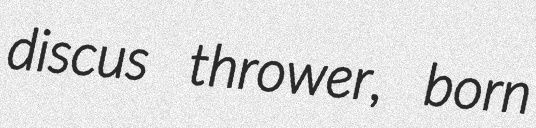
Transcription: discus thrower, born